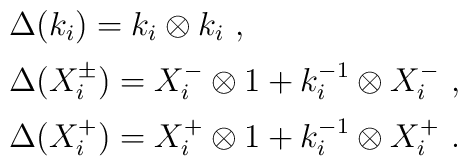
\begin{array}{rcl}& &\Delta(k_i)=k_i \otimes k_i~,\\[2mm]& &\Delta(X^\pm_i)=X^-_i \otimes 1 +k_i^{-1} \otimes X^-_i~,\\[2mm]& &\Delta(X^+_i)=X^+_i \otimes 1 + k_i^{-1}\otimes X^+_i~.\end{array}